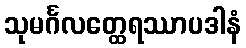
သုမင်္ဂလတ္ထေရဿာပဒါနံ